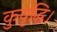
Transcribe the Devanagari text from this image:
कुवृद्धि।